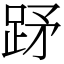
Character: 䟥